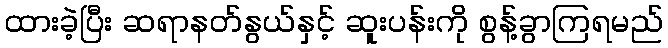
ထားခဲ့ပြီး ဆရာနတ်နွယ်နှင့် ဆူးပန်းကို စွန့်ခွာကြရမည်